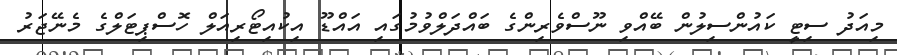
މިއަދު ސިޓީ ކައުންސިލުން ބޭއްވި ނޫސްވެރިންގެ ބައްދަލްވުމުގަައި އައްޑޫ އިކުއިޓޯރިއަލް ހޮސްޕިޓަލްގެ މެނޭޖަރު